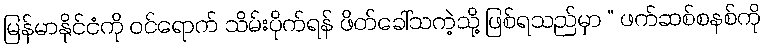
မြန်မာနိုင်ငံကို ဝင်ရောက် သိမ်းပိုက်ရန် ဖိတ်ခေါ်သကဲ့သို့ ဖြစ်ရသည်မှာ “ ဖက်ဆစ်စနစ်ကို